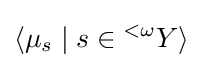
\langle \mu _{s}\mid s\in {}^{<\omega }Y\rangle